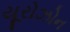
યૂરોઝોન